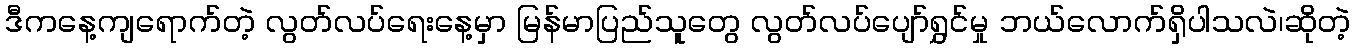
ဒီကနေ့ကျရောက်တဲ့ လွတ်လပ်ရေးနေ့မှာ မြန်မာပြည်သူတွေ လွတ်လပ်ပျော်ရွှင်မှု ဘယ်လောက်ရှိပါသလဲ၊ဆိုတဲ့